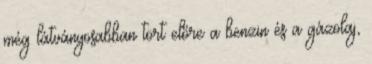
még látványosabban tört előre a benzin és a gázolaj,